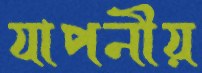
যাপনীয়